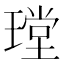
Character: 𤨠